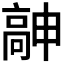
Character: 𱅹